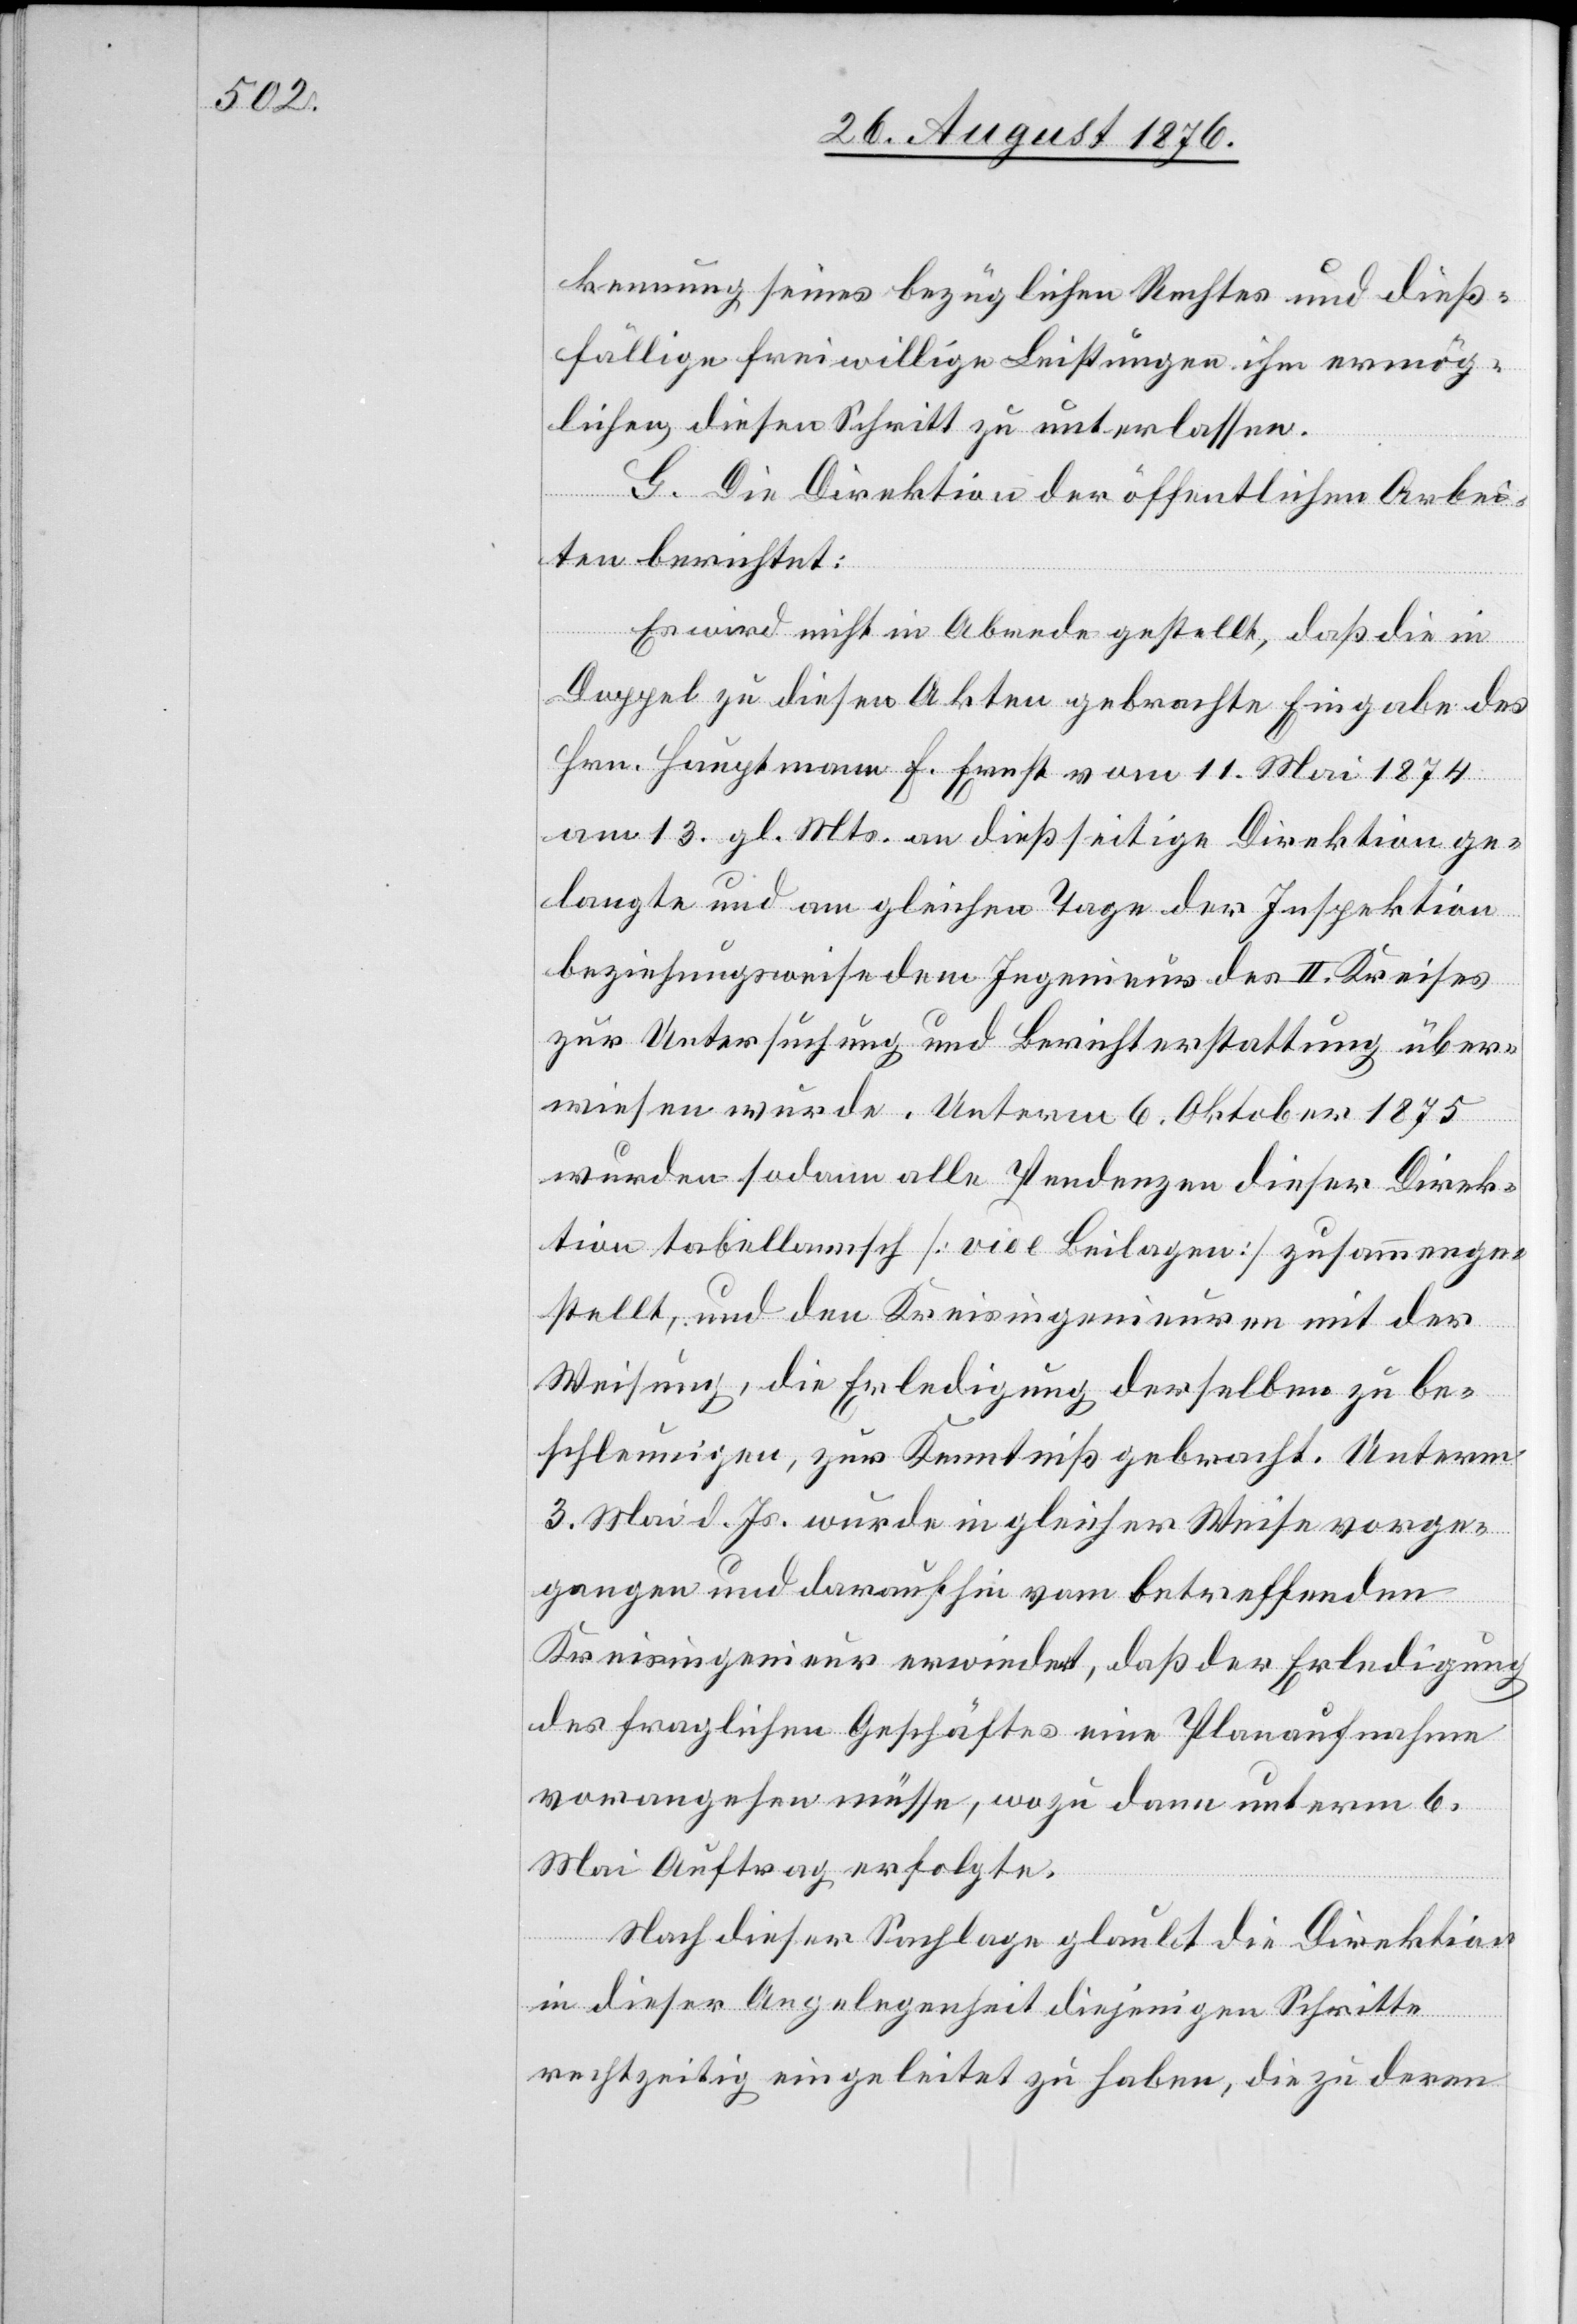
kennung seines bezüglichen Rechtes und dieß¬
fällige freiwillige Leistungen ihm ermög¬
lichen, diesen Schritt zu unterlassen.
G. Die Direktion der öffentlichen Arbei¬
ten berichtet:
Es wird nicht in Abrede gestellt, daß die in
Doppel zu diesen Akten gebrachte Eingabe des
Hrn. Hauptmann F. Ernst vom 11. Mai 1874
am 13. gl. Mts. an dießseitige Direktion ge¬
langte und am geleichen Tage der Inspektion
beziehungsweise dem Ingenieur des II. Kreises
zur Unterstützung und Berichterstattung über¬
wiesen wurde. Unterm 6. Oktober 1975
wurden sodann alle Pendenzen dieser Direk¬
tion tabellarisch [vide Beilagen] zusammenge¬
stellt, und den Kreisingenieuren mit der
Weisung, die Erledigung derselben zu be¬
schleunigen, zur Kenntniß gebracht. Unterm
3. Mai d. Js. wurde in gleicher Weise vorge¬
gangen und daraufhin vom betreffenden
Kreisingenieur erwiedert, daß der Erledigung
des fraglichen Geschäftes eine Planaufnahme
vorangehen müsse, wozu dann unterm 6.
Mai Auftrag erfolgte.
Nach dieser Sachlage glaubt die Direktio¬
n dieser Angelegenheit diejenigen Schritt
rechtzeitig eingeleitet zu haben, die zu deren